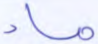
ماء